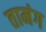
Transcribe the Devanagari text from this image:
तामंग